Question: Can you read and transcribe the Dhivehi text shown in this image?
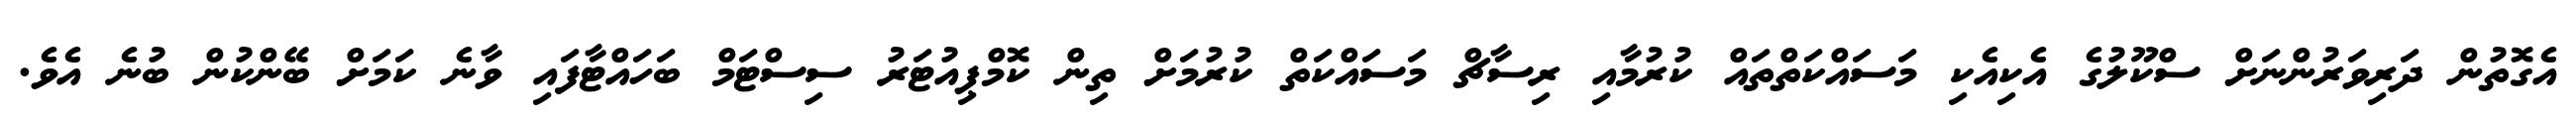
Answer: އެގޮތުން ދަރިވަރުންނަށް ސްކޫލުގެ އެކިއެކި މަސައްކަތްތައް ކުރުމާއި ރިސާޗް މަސައްކަތް ކުރުމަށް ތިން ކޮމްޕިއުޓަރު ސިސްޓަމް ބަހައްޓާފައި ވާނެ ކަމަށް ބޭންކުން ބުނެ އެވެ.